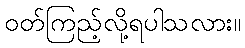
ဝတ်ကြည့်လို့ရပါသလား။